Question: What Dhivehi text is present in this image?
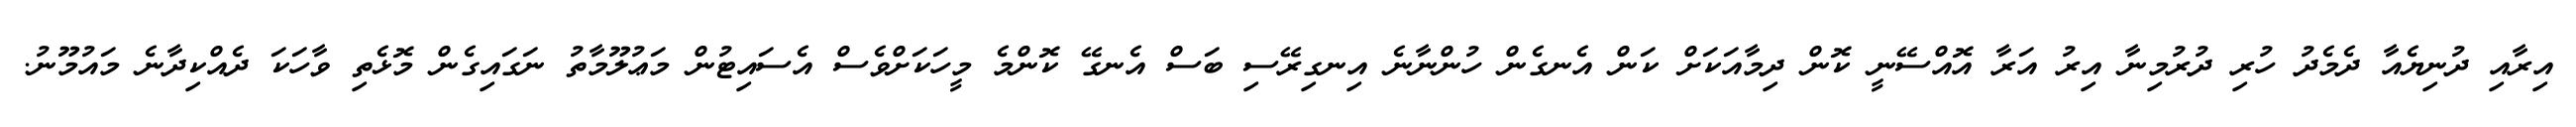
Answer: އިރާއި ދުނިޔެއާ ދެމެދު ހުރި ދުރުމިނާ އިރު އަރާ އޮއްސޭނީ ކޮން ދިމާއަކަށް ކަން އެނގެން ހުންނާނެ އިނގިރޭސި ބަސް އެނގޭ ކޮންމެ މީހަކަށްވެސް އެސައިޓުން މަޢުލޫމާތު ނަގައިގެން މޮޅެތި ވާހަކަ ދެއްކިދާނެ މައުމޫނު.